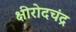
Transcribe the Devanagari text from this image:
क्षीरोदचंद्र